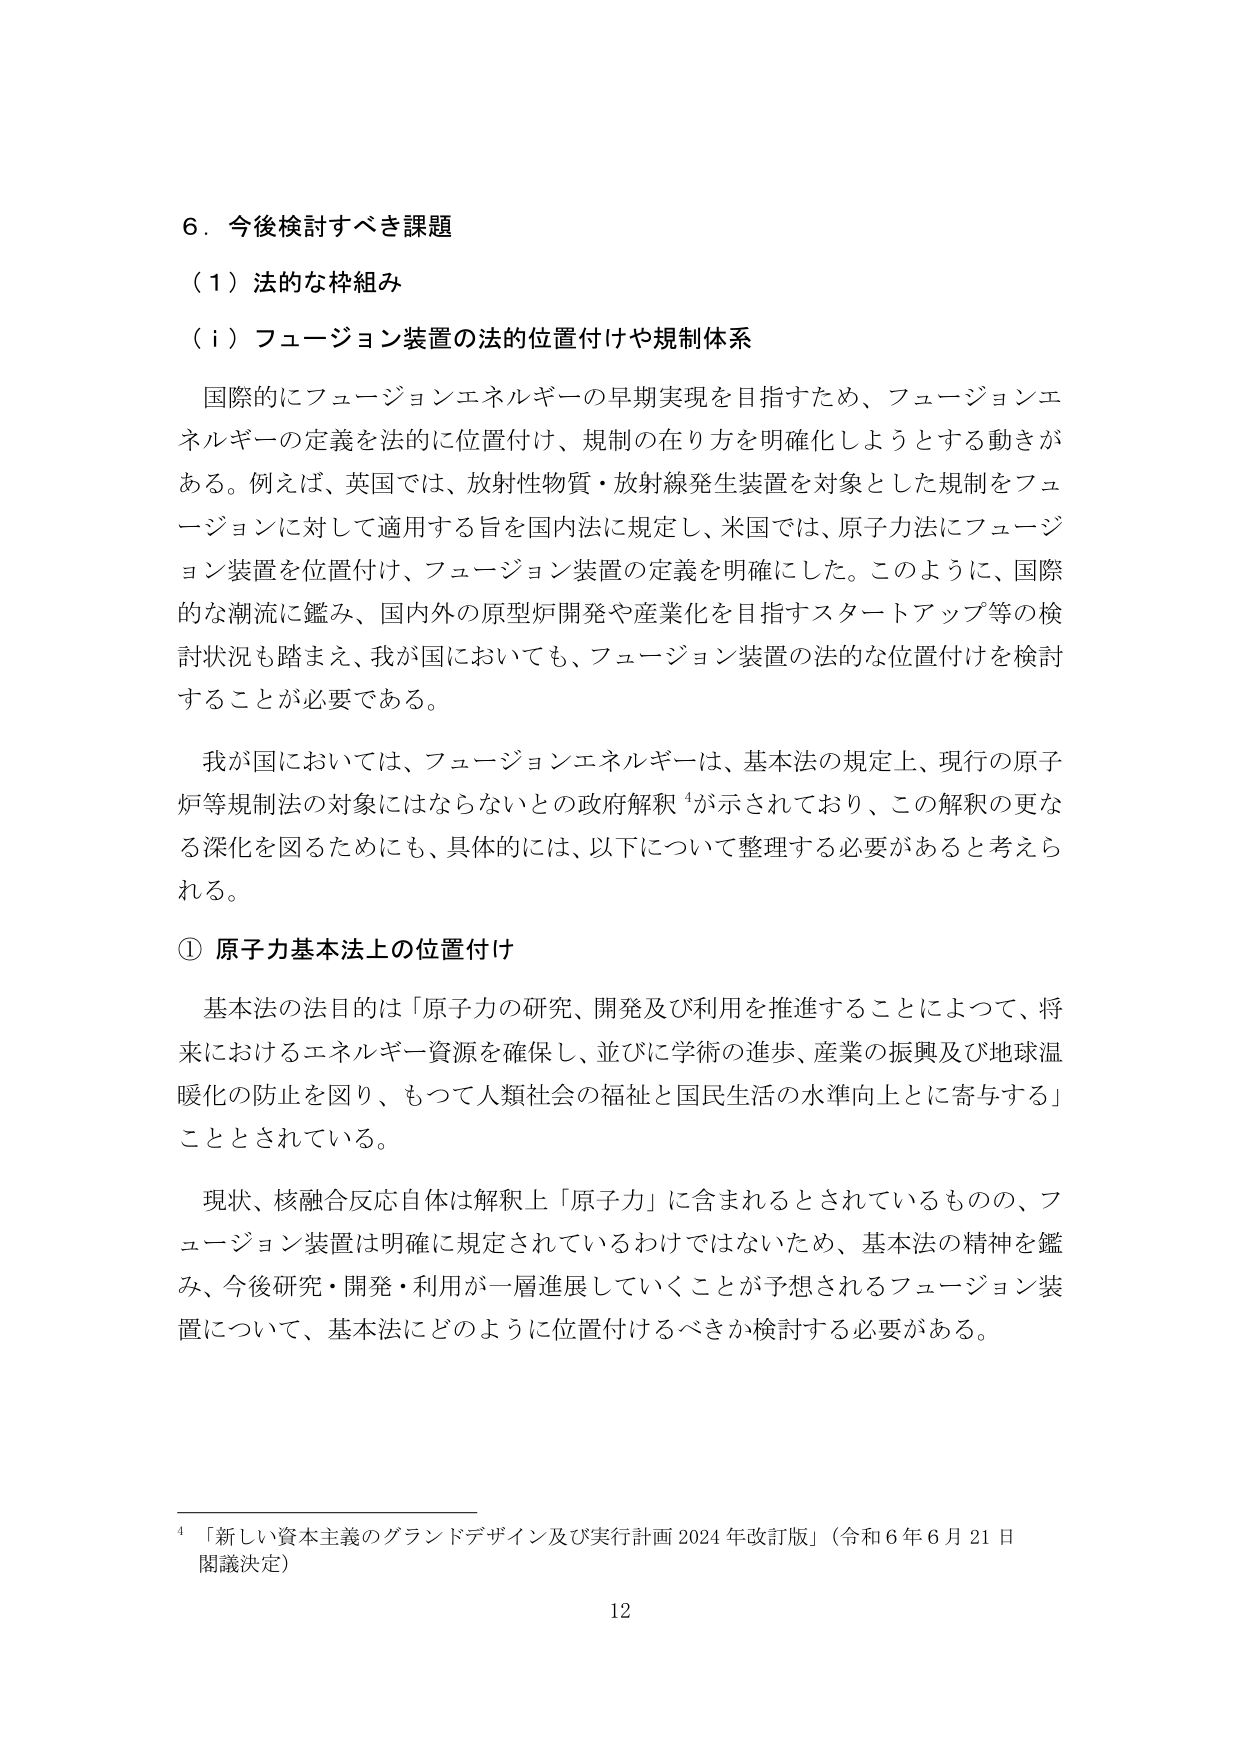
6．今後検討すべき課題
（1）法的な枠組み
（i）フュージョン装置の法的位置付けや規制体系

国際的にフュージョンエネルギーの早期実現を目指すため、フュージョンエネルギーの定義を法的に位置付け、規制の在り方を明確化しようとする動きがある。例えば、英国では、放射性物質・放射線発生装置を対象とした規制をフュージョンに対して適用する旨を国内法に規定し、米国では、原子力法にフュージョン装置を位置付け、フュージョン装置の定義を明確にした。このように、国際的な潮流に鑑み、国内外の原型炉開発や産業化を目指すスタートアップ等の検討状況も踏まえ、我が国においても、フュージョン装置の法的な位置付けを検討することが必要である。

我が国においては、フュージョンエネルギーは、基本法の規定上、現行の原子炉等規制法の対象にはならないとの政府解釈⁴が示されており、この解釈の更なる深化を図るためにも、具体的には、以下について整理する必要があると考えられる。

① 原子力基本法上の位置付け

基本法の法目的は「原子力の研究、開発及び利用を推進することによって、将来におけるエネルギー資源を確保し、並びに学術の進歩、産業の振興及び地球温暖化の防止を図り、もつて人類社会の福祉と国民生活の水準向上とに寄与する」こととされている。

現状、核融合反応自体は解釈上「原子力」に含まれるとされているものの、フュージョン装置は明確に規定されているわけではないため、基本法の精神を鑑み、今後研究・開発・利用が一層進展していくことが予想されるフュージョン装置について、基本法にどのように位置付けるべきか検討する必要がある。

⁴「新しい資本主義のグランドデザイン及び実行計画 2024 年改訂版」（令和 6 年 6 月 21 日 閣議決定）
12